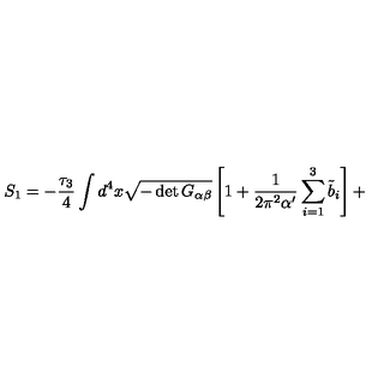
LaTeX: S _ { 1 } = - \frac { \tau _ { 3 } } { 4 } \int d ^ { 4 } x \sqrt { - \det G _ { \alpha \beta } } \left[ 1 + \frac { 1 } { 2 \pi ^ { 2 } \alpha ^ { \prime } } \sum _ { i = 1 } ^ { 3 } { \tilde { b } } _ { i } \right] +